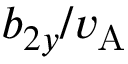
b _ { 2 y } / v _ { \mathrm { A } }